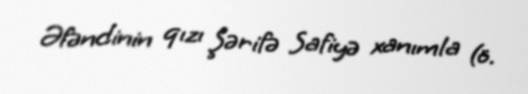
Əfəndinin qızı Şərifə Safiyə xanımla (ö.